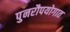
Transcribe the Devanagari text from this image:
पुनरौपयोगात